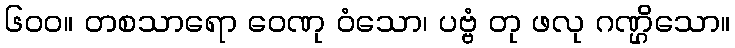
၆၀၀။ တစသာရော ဝေဏု ဝံသော၊ ပဗ္ဗံ တု ဖလု ဂဏ္ဌိသော။